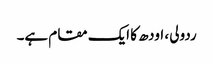
ردولی ، اودھ کا ایک مقام ہے۔